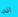
انه